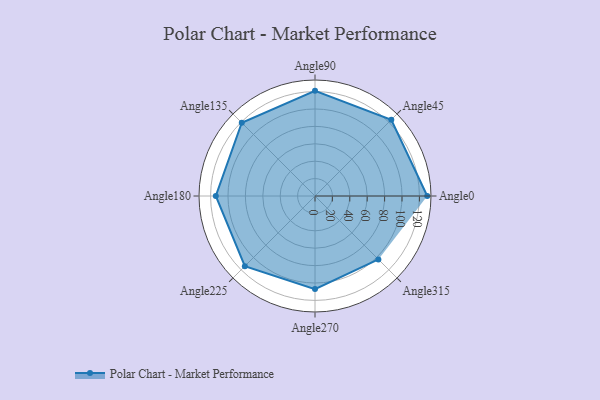
{"axis": {"x": "Angle", "y": "Radius"}, "legend": [""], "data": [{"x": "Angle0", "y": 129.0, "type": ""}, {"x": "Angle45", "y": 124.0, "type": ""}, {"x": "Angle90", "y": 121.0, "type": ""}, {"x": "Angle135", "y": 119.0, "type": ""}, {"x": "Angle180", "y": 114.0, "type": ""}, {"x": "Angle225", "y": 114.0, "type": ""}, {"x": "Angle270", "y": 107.0, "type": ""}, {"x": "Angle315", "y": 103.0, "type": ""}]}